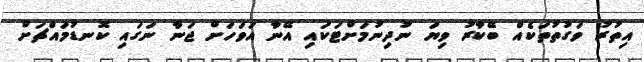
އިތުރު ވަގުތުތަކެއް ބޭކާރު ވިޔަ ނުދިނުމަށްޓަކައި އޭނާ އަވަހަށް ޖަނާ ނަގައި ކޮނޑުމައްޗަށް